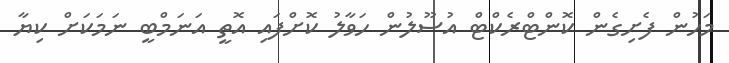
މަހުން ފެށިގެން ކޮންޓްރެކްޓް އުސޫލުން ހަވާލު ކޮށްފައި އޮތީ އަނަމްބީ ނަމަކަށް ކިޔާ